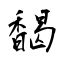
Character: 馤